Development of the parasite of Indian kala azar - Number 53
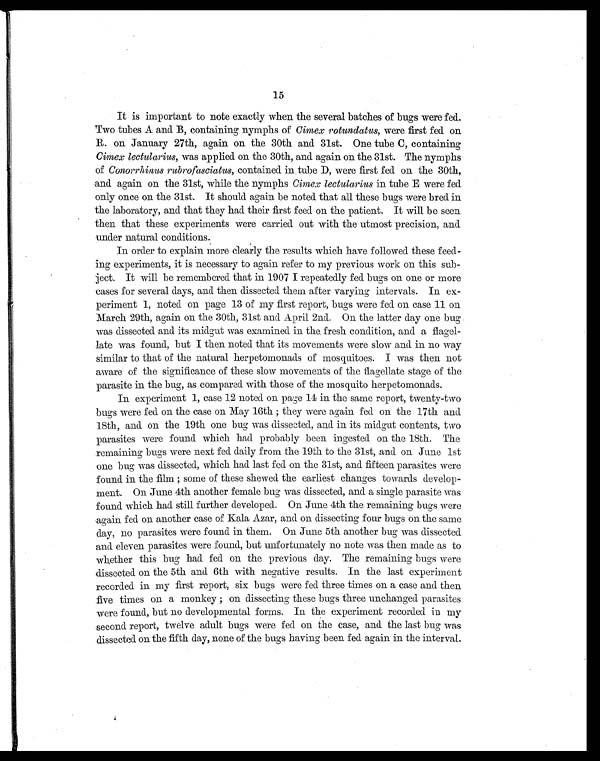
15
It is important to note exactly when the several batches of bugs were fed.
Two tubes A and B, containing nymphs of Cirnex rotundatus, were first fed on
R. on January 27th, again on the 30th and 31st. One tube C, containing
Cimex lectularius, was applied on the 30th, and. again on the 31st. The nymphs
of Conorrhinus rubrofasciatus, contained in tube D, were first fed on the 30th,
and again on the 31st, while the nymphs Cimex lectularius in tube E were fed
only once on the 31st. It should again be noted that all these bugs were bred in
the laboratory, and that they had their first feed on the patient. It will be seen
then that these experiments were carried out with the utmost precision, and
under natural conditions.
In order to explain more clearly the results which have followed these feed-
ing experiments, it is necessary to again refer to my previous work on this sub-
ject. It will be remembered that in 1907 I repeatedly fed bugs on one or more
cases for several days, and then dissected them after varying intervals. In ex-
periment 1, noted on page 13 of my first report, bugs were fed on case 11 on
March 29th, again on the 30th, 31st and April 2nd. On the latter clay one bug
was dissected and its midgut was examined in the, fresh condition, and a flagel-
late was found, but I then noted that its movements were slow and in no way
similar to that of the natural herpetomonads of mosquitoes. I was then not
aware of the significance of these slow movements of the flagellate stage of the
parasite in the bug, as compared with those of the mosquito herpetomonads.
In experiment 1, case 12 noted on page 14 in the same report, twenty-two
bugs were fed on the case on May 16th ; they were again fed on the 17th and
18th, and on the 19th one bug was dissected, and in its miclgut contents, two
parasites were found which had probably been ingested on the 18th. The
remaining bugs were next fed daily from the 19th to the 31st, and on June 1st
one bug was dissected, which had last fed on the 31st, and fifteen parasites were
found in the film ; some of these showed the earliest changes towards develop-
ment. On June 4th another female bug was dissected, and a single parasite was
found which had still further developed. On June 4th the remaining bugs were
again fed on another case of Kala Azar, and on dissecting four bugs on the same
day, no parasites were found in them. On June 5th another bug was dissected
and eleven parasites were found, but unfortunately no note was then made as to
whether this bug had fed on the previous day. The remaining bugs were
dissected on the 5th and 6th with negative results. In the last experiment
recorded in my first report, six bugs were fed three times on a case and then
five times on a monkey ; on dissecting these bugs three unchanged parasites
were found, but no developmental forms. In the experiment recorded in my
second report, twelve adult bugs were fed on the case, and the last bug was
dissected on the fifth day, none of the bugs having been fed again in the interval.